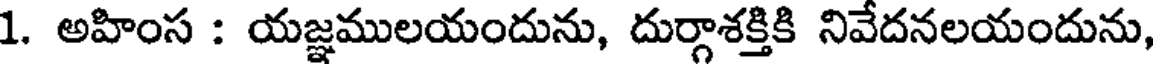
1. అహింస : యజ్ఞములయందును, దుర్గాశక్తికి నివేదనలయందును,